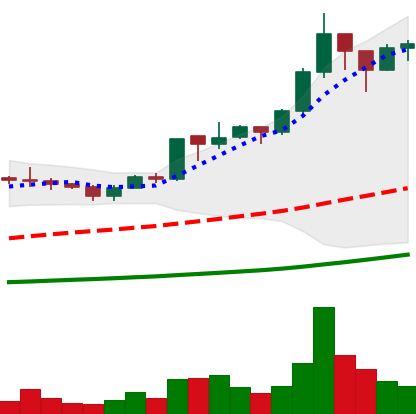
Ticker: ADA-USD
Chart end date: 2020-07-12
Forward return: -3.389%
Label: down_3_5